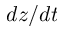
d z / d t